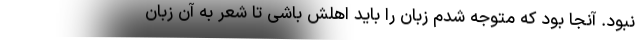
نبود. آنجا بود که متوجه شدم زبان را باید اهلش باشی تا شعر به آن زبان